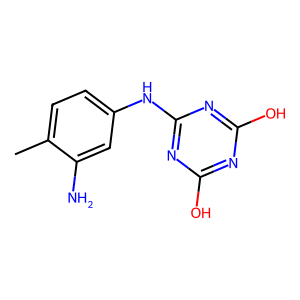
SMILES: Cc1ccc(Nc2nc(O)nc(O)n2)cc1N
Inhibits HIV replication: No